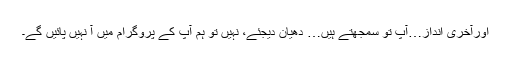
اورآخری انداز…آپ تو سمجھتے ہیں… دھیان دیجئے، نہیں تو ہم آپ کے پروگرام میں آ نہیں پائیں گے۔